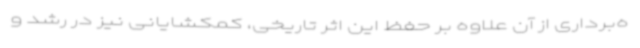
ه‌برداری از آن علاوه بر حفظ این اثر تاریخی، کمکشایانی نیز در رشد و